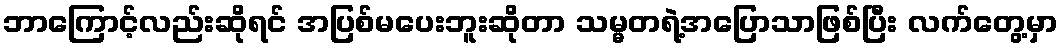
ဘာကြောင့်လည်းဆိုရင် အပြစ်မပေးဘူးဆိုတာ သမ္မတရဲ့အပြောသာဖြစ်ပြီး လက်တွေ့မှာ